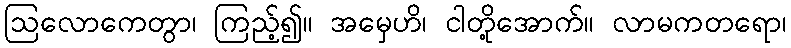
ဩလောကေတွာ၊ ကြည့်၍။ အမှေဟိ၊ ငါတို့အောက်။ လာမကတရော၊